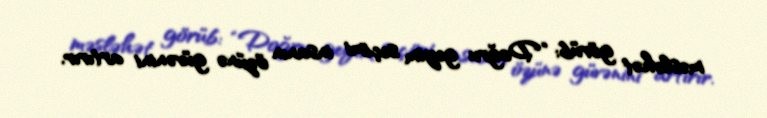
məsləhət görüb: “Doğru geyim seçimi insanın özünə güvənini artırır.